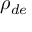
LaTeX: \rho _ { d e }